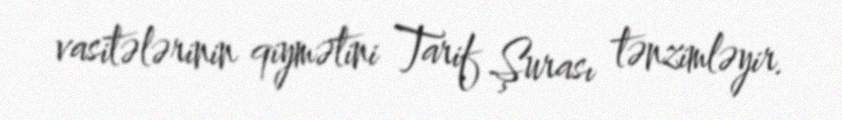
vasitələrinin qiymətini Tarif Şurası tənzimləyir.